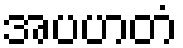
အပဟတံ